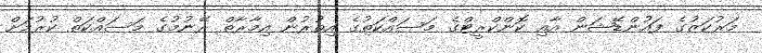
މަރުކަޒުގެ ފައުންޑޭޝަން އާއި ކޮންކްރީޓްގެ މަސައްކަތުގެ އިތުރުން އިމާރާތް ރޭނުމުގެ މަސައްކަތް ކުރުމަށް